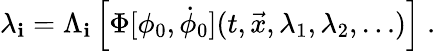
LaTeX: \lambda_{\mathbf{i}}=\Lambda_{\mathbf{i}}\left[\Phi[\phi_{0},\dot{{\phi}}_{0}](t,{\vec{{x}}},\lambda_{1},\lambda_{2},\dots)\right]\; .